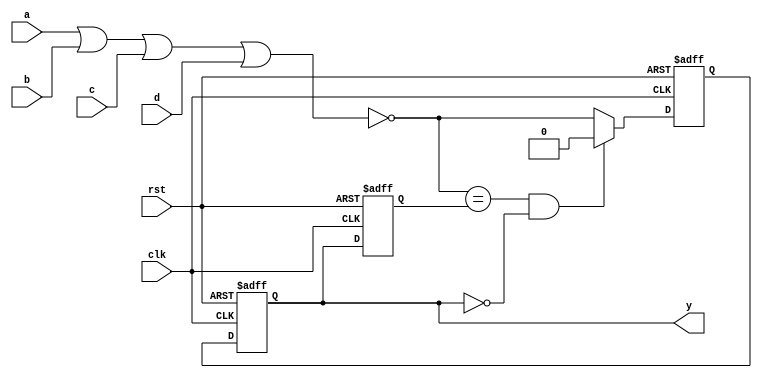
// This program was cloned from: https://github.com/thewonderidiot/cmod_agc
// License: MIT License

`timescale 1ns/1ps
`default_nettype none

module nor_4(y, a, b, c, d, rst, clk);
    parameter delay = 9;
    parameter iv = 1'b0;
    input wire a, b, c, d, rst, clk;

    output reg y = iv;
    reg next_val = iv;
    reg prev_val = iv;
    wire result;
    
    assign result = ~(a|b|c|d);

    always @(posedge clk or posedge rst)
    begin
        if (rst) begin
            prev_val = iv;
            y = iv;
        end else begin
            prev_val = y;
            y = next_val;
        end
    end

    always @(negedge clk or posedge rst)
    begin
        if (rst) begin
            next_val = iv;
        end else begin
            next_val = ((result == prev_val) && (y == iv)) ? iv : result;
        end
    end
endmodule
`default_nettype wire